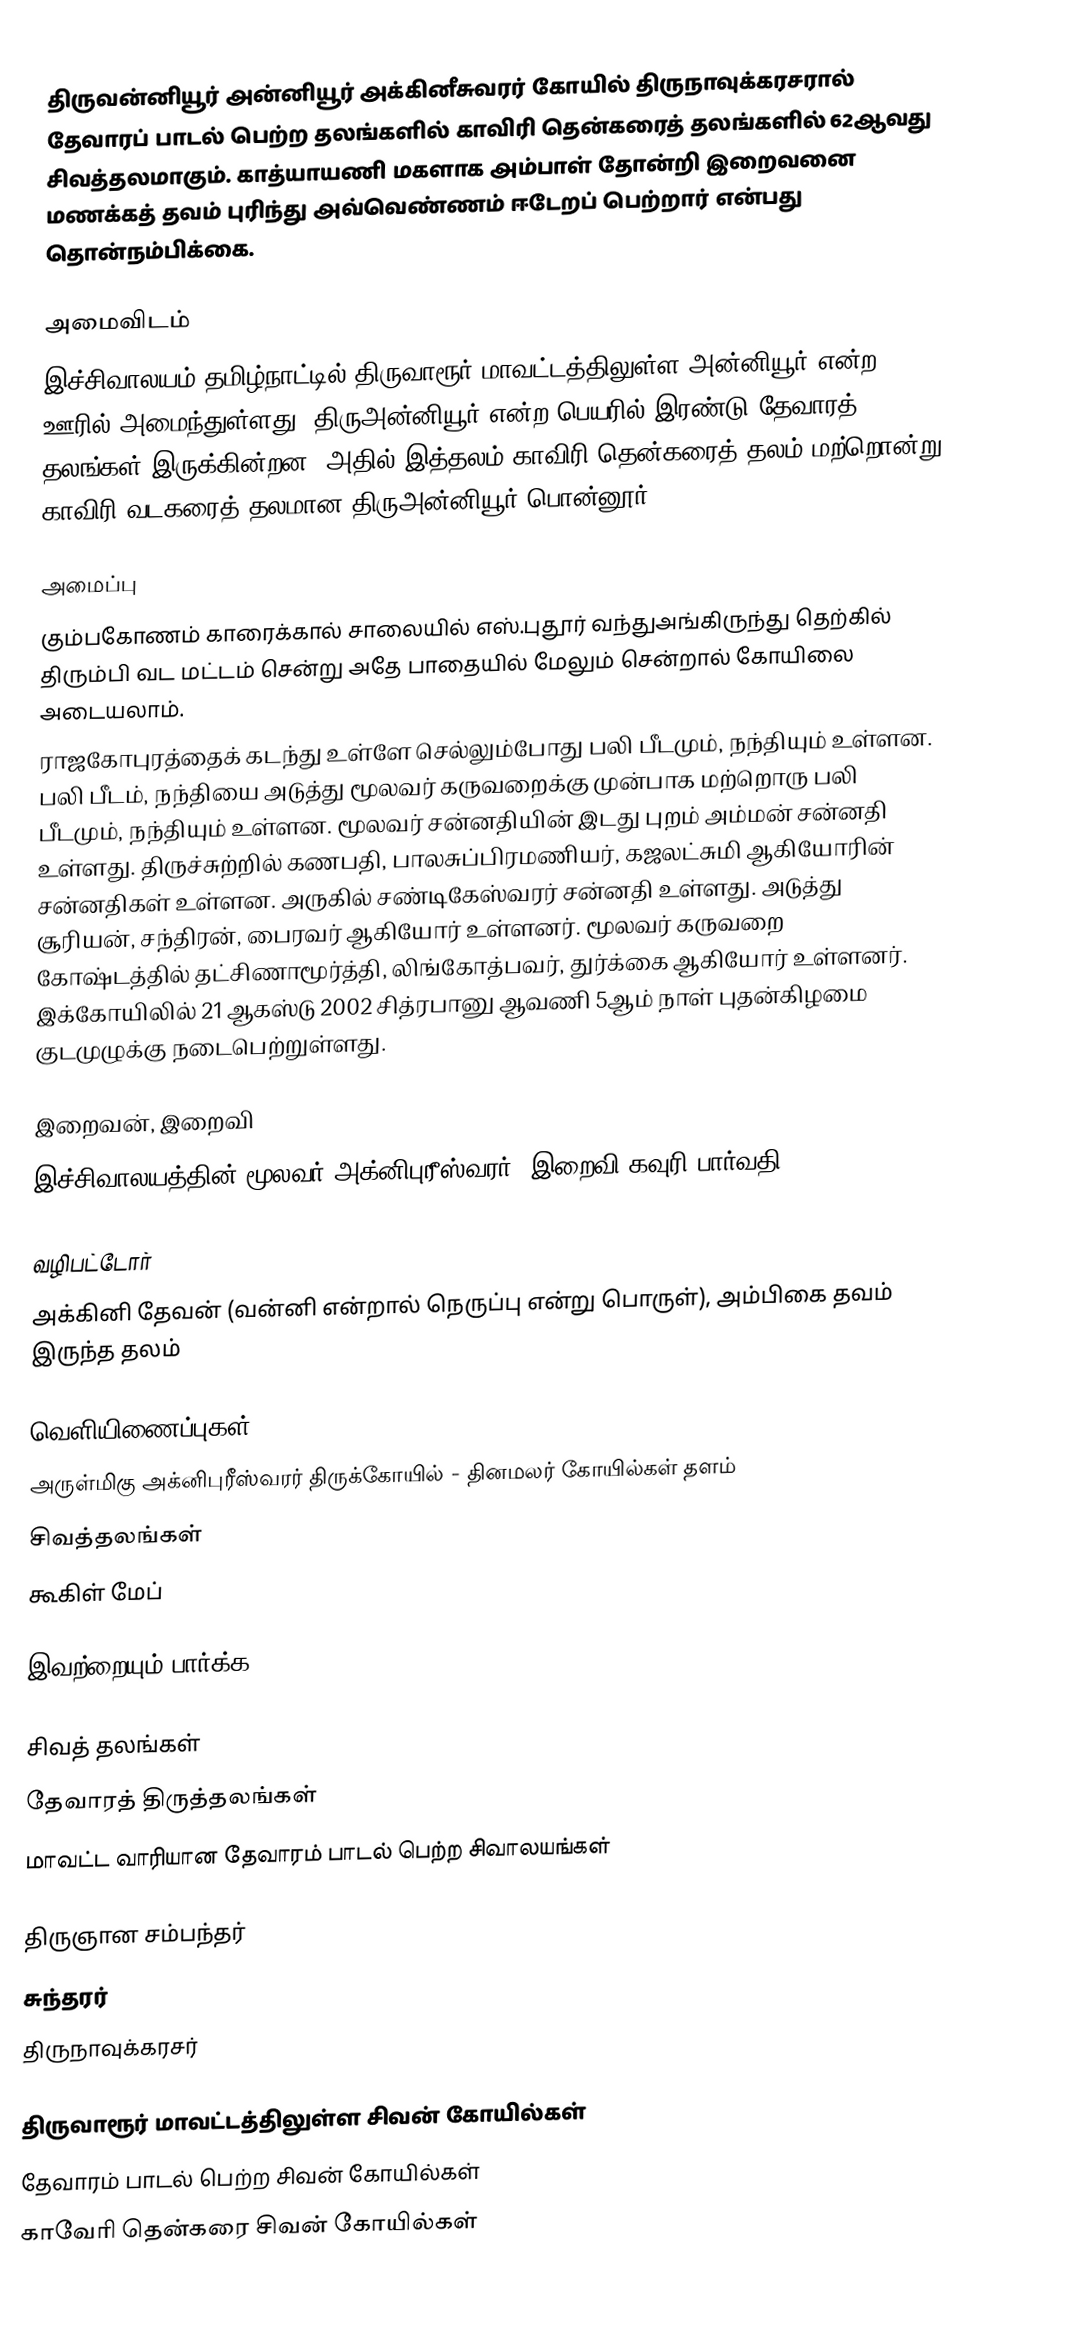
திருவன்னியூர்  அன்னியூர் அக்கினீசுவரர் கோயில் திருநாவுக்கரசரால் தேவாரப் பாடல் பெற்ற தலங்களில்   காவிரி தென்கரைத் தலங்களில் 62ஆவது சிவத்தலமாகும். காத்யாயணி மகளாக அம்பாள் தோன்றி இறைவனை மணக்கத் தவம் புரிந்து அவ்வெண்ணம் ஈடேறப் பெற்றார் என்பது தொன்நம்பிக்கை.

அமைவிடம்
இச்சிவாலயம் தமிழ்நாட்டில் திருவாரூர் மாவட்டத்திலுள்ள அன்னியூர் என்ற ஊரில் அமைந்துள்ளது. திருஅன்னியூர் என்ற பெயரில் இரண்டு தேவாரத் தலங்கள் இருக்கின்றன. அதில் இத்தலம் காவிரி தென்கரைத் தலம்  மற்றொன்று காவிரி வடகரைத் தலமான திருஅன்னியூர் பொன்னூர்.

அமைப்பு
 கும்பகோணம் காரைக்கால் சாலையில் எஸ்.புதூர் வந்துஅங்கிருந்து தெற்கில் திரும்பி வட மட்டம் சென்று அதே பாதையில் மேலும் சென்றால் கோயிலை அடையலாம்.
ராஜகோபுரத்தைக் கடந்து உள்ளே செல்லும்போது பலி பீடமும், நந்தியும் உள்ளன. பலி பீடம், நந்தியை அடுத்து மூலவர் கருவறைக்கு முன்பாக மற்றொரு பலி பீடமும், நந்தியும் உள்ளன. மூலவர் சன்னதியின் இடது புறம் அம்மன் சன்னதி உள்ளது. திருச்சுற்றில் கணபதி, பாலசுப்பிரமணியர், கஜலட்சுமி ஆகியோரின் சன்னதிகள் உள்ளன. அருகில் சண்டிகேஸ்வரர் சன்னதி உள்ளது. அடுத்து சூரியன், சந்திரன், பைரவர் ஆகியோர் உள்ளனர். மூலவர் கருவறை கோஷ்டத்தில் தட்சிணாமூர்த்தி, லிங்கோத்பவர், துர்க்கை ஆகியோர் உள்ளனர்.  இக்கோயிலில் 21 ஆகஸ்டு 2002 சித்ரபானு ஆவணி 5ஆம் நாள் புதன்கிழமை குடமுழுக்கு நடைபெற்றுள்ளது.

இறைவன், இறைவி
இச்சிவாலயத்தின் மூலவர் அக்னிபுரீஸ்வரர். இறைவி கவுரி பார்வதி.

வழிபட்டோர்
 அக்கினி தேவன் (வன்னி என்றால் நெருப்பு என்று பொருள்), அம்பிகை தவம் இருந்த தலம்

வெளியிணைப்புகள்
 அருள்மிகு அக்னிபுரீஸ்வரர் திருக்கோயில் - தினமலர் கோயில்கள் தளம்
 சிவத்தலங்கள்
 கூகிள் மேப்

இவற்றையும் பார்க்க

 சிவத் தலங்கள்
 தேவாரத் திருத்தலங்கள்
 மாவட்ட வாரியான தேவாரம் பாடல் பெற்ற சிவாலயங்கள்

 திருஞான சம்பந்தர்
 சுந்தரர்
 திருநாவுக்கரசர்

திருவாரூர் மாவட்டத்திலுள்ள சிவன் கோயில்கள்
தேவாரம் பாடல் பெற்ற சிவன் கோயில்கள்
காவேரி தென்கரை சிவன் கோயில்கள்